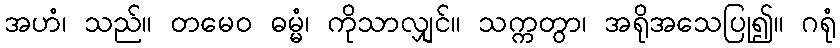
အဟံ၊ သည်။ တမေဝ ဓမ္မံ၊ ကိုသာလျှင်။ သက္ကတွာ၊ အရိုအသေပြု၍။ ဂရုံ